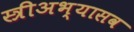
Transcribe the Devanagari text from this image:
स्त्रीअभ्यासव